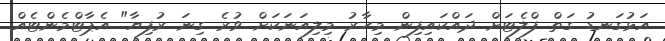
އަޅުގަނޑު ގަތް ފްލެޓަށް ދައްކައިފިން މިހާރު މިލިއަނަކަށް ވުރެ ގިނަ ރުފިޔާ" އެޕާޓްމެންޓެއް